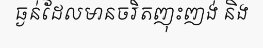
ធ្ងន់ដែលមានចរិតញុះញង់ និង